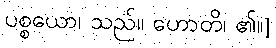
ပစ္စယော၊ သည်။ ဟောတိ၊ ၏။]